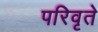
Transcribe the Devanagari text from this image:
परिवृते